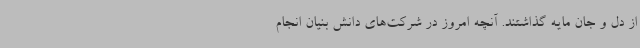
از دل و جان مایه گذاشتند. آنچه امروز در شرکت‌های دانش بنیان انجام